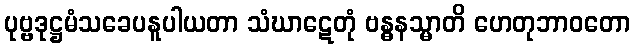
ပုဗ္ဗဒုဋ္ဌမံသခေပနူပါယတာ သံဃာဋေတုံ ဗန္ဓနသ္မာတိ ဟေတုဘာဝတော